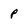
Character: p